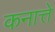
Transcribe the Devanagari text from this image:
कनात्ते